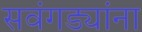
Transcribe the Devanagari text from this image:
सवंगड्यांना